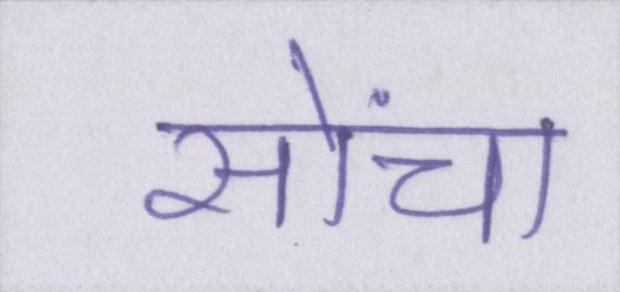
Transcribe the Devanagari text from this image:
सोंचा